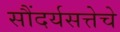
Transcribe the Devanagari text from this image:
सौंदर्यसत्तेचे